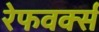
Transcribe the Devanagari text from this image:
रेफवर्क्स